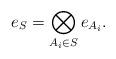
LaTeX: \begin{align*}e_S =\bigotimes_{A_i \in S} e_{A_i}.\end{align*}